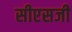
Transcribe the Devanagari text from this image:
सीएसजी